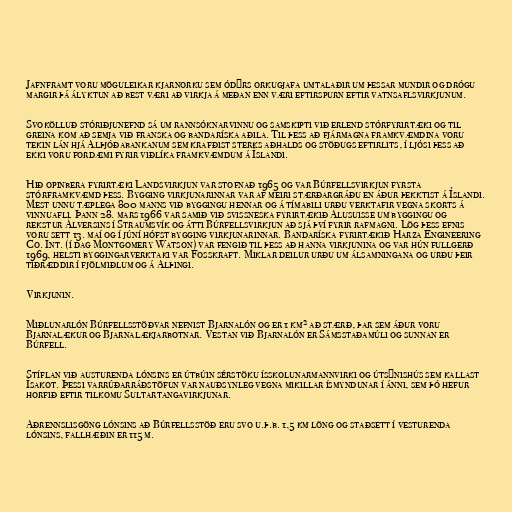
Jafnframt voru möguleikar kjarnorku sem ódýrs orkugjafa umtalaðir um þessar mundir og drógu
margir þá ályktun að best væri að virkja á meðan enn væri eftirspurn eftir vatnsaflsvirkjunum.

Svokölluð stóriðjunefnd sá um rannsóknarvinnu og samskipti við erlend stórfyrirtæki og til
greina kom að semja við franska og bandaríska aðila. Til þess að fjármagna framkvæmdina voru
tekin lán hjá Alþjóðabankanum sem krafðist sterks aðhalds og stöðugs eftirlits, í ljósi þess að
ekki voru fordæmi fyrir viðlíka framkvæmdum á Íslandi.

Hið opinbera fyrirtæki Landsvirkjun var stofnað 1965 og var Búrfellsvirkjun fyrsta
stórframkvæmd þess. Bygging virkjunarinnar var af meiri stærðargráðu en áður þekktist á Íslandi.
Mest unnu tæplega 800 manns við byggingu hennar og á tímabili urðu verktafir vegna skorts á
vinnuafli. Þann 28. mars 1966 var samið við svissneska fyrirtækið Alusuisse um byggingu og
rekstur Álversins í Straumsvík og átti Búrfellsvirkjun að sjá því fyrir rafmagni. Lög þess efnis
voru sett 13. maí og í júní hófst bygging virkjunarinnar. Bandaríska fyrirtækið Harza Engineering
Co. Int. (í dag Montgomery Watson) var fengið til þess að hanna virkjunina og var hún fullgerð
1969, helsti byggingarverktaki var Fosskraft. Miklar deilur urðu um álsamningana og urðu þeir
tíðræddir í fjölmiðlum og á Alþingi.

Virkjunin.

Miðlunarlón Búrfellsstöðvar nefnist Bjarnalón og er 1 km² að stærð, þar sem áður voru
Bjarnalækur og Bjarnalækjarbotnar. Vestan við Bjarnalón er Sámsstaðamúli og sunnan er
Búrfell.

Stíflan við austurenda lónsins er útbúin sérstöku ísskolunarmannvirki og útsýnishús sem kallast
Ísakot. Þessi varrúðarráðstöfun var nauðsynleg vegna mikillar ísmyndunar í ánni, sem þó hefur
horfið eftir tilkomu Sultartangavirkjunar.

Aðrennslisgöng lónsins að Búrfellsstöð eru svo u.þ.b. 1,5 km löng og staðsett í vesturenda
lónsins, fallhæðin er 115 m.